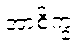
အာစိက္ခံ